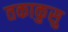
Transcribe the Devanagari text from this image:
तकाकुसु